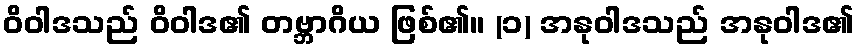
ဝိဝါဒသည် ဝိဝါဒ၏ တဗ္ဘာဂိယ ဖြစ်၏။ (၁) အနုဝါဒသည် အနုဝါဒ၏